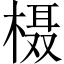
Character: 𪳍